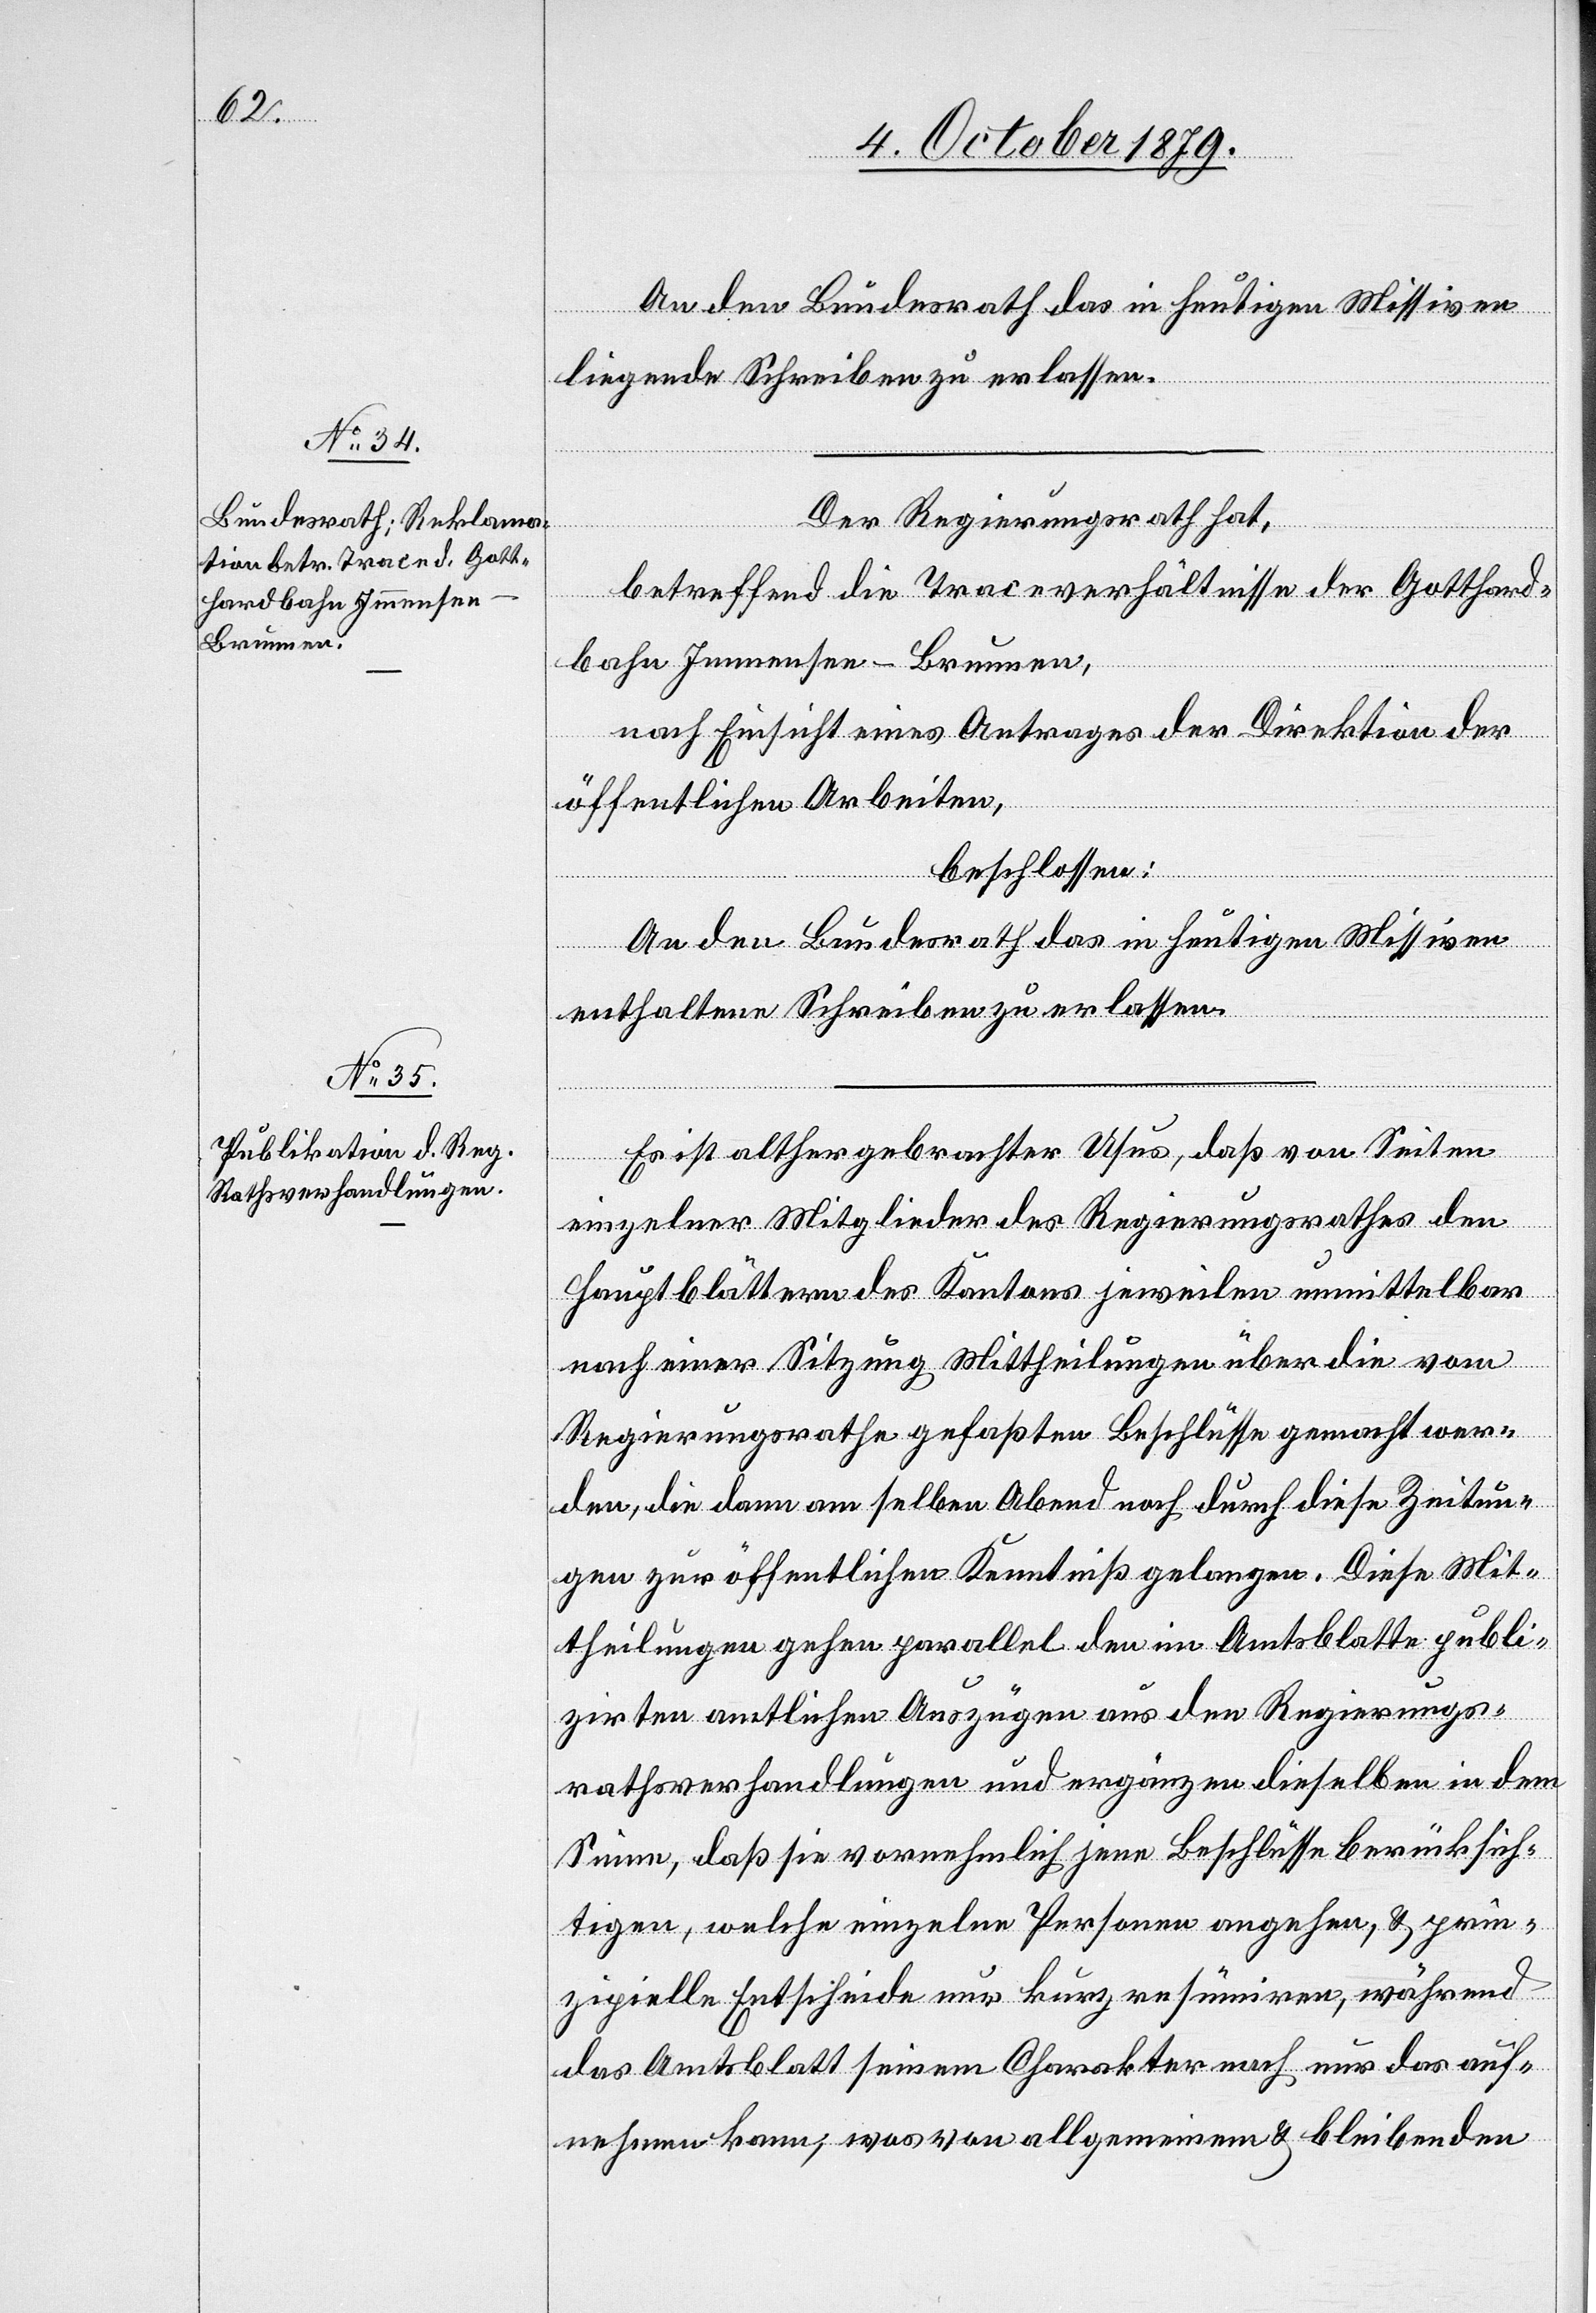
An den Bundesrath das in heutigen Missiven
liegende Schreiben zu erlassen.
Der Regierungsrath hat,
betreffend die Traceverhältnisse der Gotthard¬
bahn Immensee–Brunnen,
nach Einsicht eines Antrages der Direktion der
öffentlichen Arbeiten,
beschlossen:
An den Bundesrath das in heutigen Missiven
enthaltene Schreiben zu erlassen.
Es ist althergebrachter Usus, daß von Seiten
einzelner Mitglieder des Regierungsrathes den
Hauptblättern des Kantons jeweilen unmittelbar
nach einer Sitzung Mittheilungen über die vom
Regierungsrathe gefaßten Beschlüsse gemacht wer¬
den, die dann am selben Abend noch durch diese Zeitun¬
gen zur öffentlichen Kenntniß gelangen. Diese Mit¬
theilungen gehen parallel den im Amtsblatte publi¬
zirten amtlichen Auszügen aus den Regierungs¬
rathsverhandlungen und ergänzen dieselben in dem
Sinne, daß sie vornehmlich jene Beschlüsse berücksich¬
tigen, welche einzelne Personen angehen, & prin¬
zipielle Entscheide nur kurz resümieren, während
das Amtsblatt seinem Charakter nach nur das auf¬
nehmen kann, was von allgemeinem & bleibenden